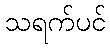
သရက်ပင်